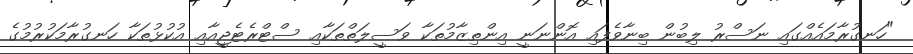
"ހަނގުރާމައެއްގައި ނަސްރު ލިބުން ބިނާވެފައި އޮންނަނީ އިންތިޒާމުތަކާ ވަސީލަތްތަކާއި ސްޓްރެޓެޖީއާއި އުކުޅުތަކާ ހަނގުރާމަކުރުމުގެ